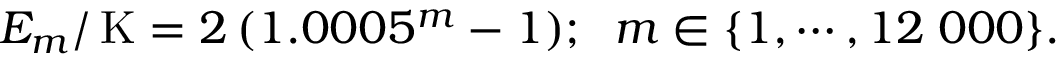
E _ { m } / \, \mathrm { K } = 2 \, ( 1 . 0 0 0 5 ^ { m } - 1 ) ; \; \; m \in \{ 1 , \cdots , 1 2 \; 0 0 0 \} .